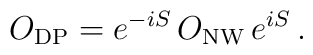
O_{\rm DP}= e^{-iS} \, O_{\rm NW} \, e^{iS} \, .